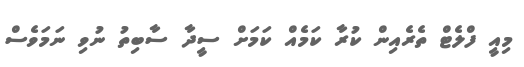
މިއީ ފްލެޓް ތެރެއިން ކުރާ ކަމެއް ކަމަށް ސީދާ ސާބިތު ނުވި ނަމަވެސް